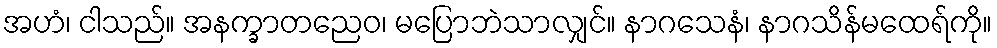
အဟံ၊ ငါသည်။ အနက္ခာတညေဝ၊ မပြောဘဲသာလျှင်။ နာဂသေနံ၊ နာဂသိန်မထေရ်ကို။